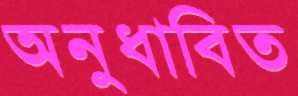
অনুধাবিত